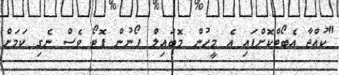
"ކުއްޖާ އެބޯޓްކޮށްފައި އެ މީހުން މޮބައިލް ފޯނުން ފޮޓޯ ވެސް ނެގި ކަމަށް